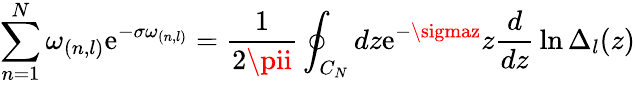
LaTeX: \sum_{n=1}^{N}\omega_{(n,l)}\mathrm{e}^{-\sigma\omega_{(n,l)}}={\frac{{1}}{{2\pii}}}\oint_{C_{N}}dz\mathrm{e}^{-\sigmaz}z{\frac{{d}}{{dz}}}\ln\Delta_{l}(z)